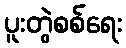
ပူးတွဲစစ်ရေး